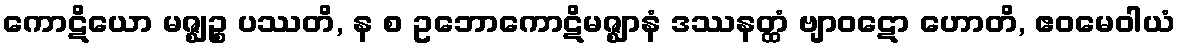
ကောဋိယော မဇ္ဈဉ္စ ပဿတိ, န စ ဥဘောကောဋိမဇ္ဈာနံ ဒဿနတ္ထံ ဗျာဝဋော ဟောတိ, ဧဝမေဝါယံ